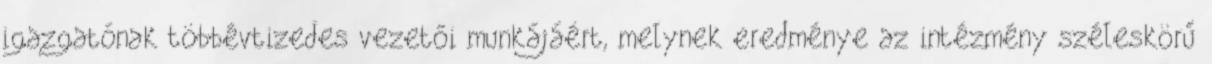
igazgatónak többévtizedes vezetői munkájáért, melynek eredménye az intézmény széleskörű